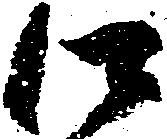
江